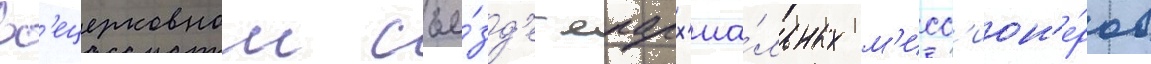
вс'ецерковном съе́зд'е епарх'иа́льных м'исс'ион'е́ров